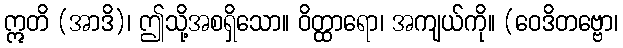
ဣတိ (အာဒိ)၊ ဤသို့အစရှိသော။ ဝိတ္ထာရော၊ အကျယ်ကို။ (ဝေဒိတဗ္ဗော၊